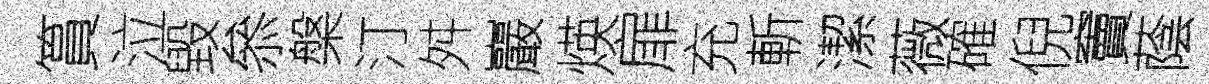
篔泣毀叅槃汀舛巖煐扉充斬潔薇確倪竇蔭